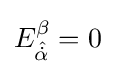
E_{\hat {\dot {\alpha }}}^{\beta }=0